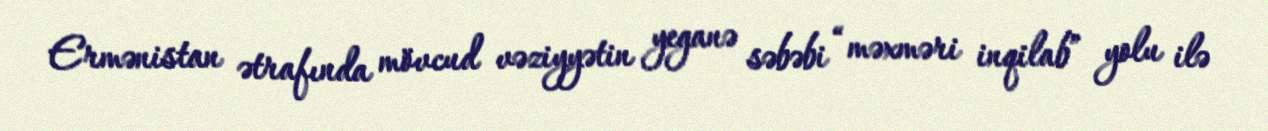
Ermənistan ətrafında mövcud vəziyyətin yeganə səbəbi “məxməri inqilab” yolu ilə